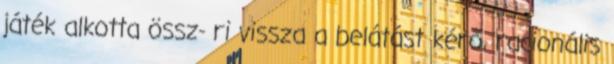
játék alkotta össz- ri vissza a belátást kérő, racionális